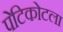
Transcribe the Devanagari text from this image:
पेटिकोटला